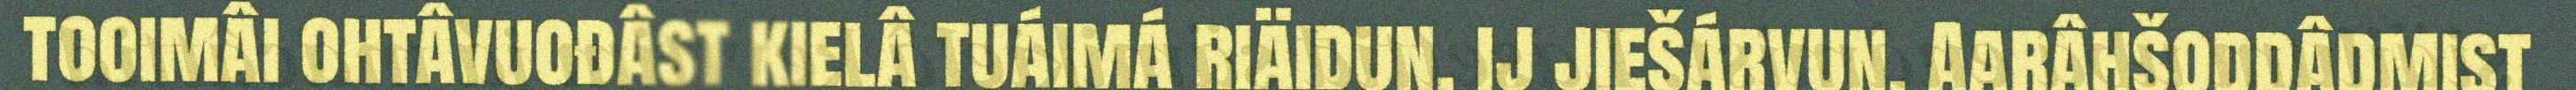
tooimâi ohtâvuođâst kielâ tuáimá riäidun, ij jiešárvun. Aarâhšoddâdmist